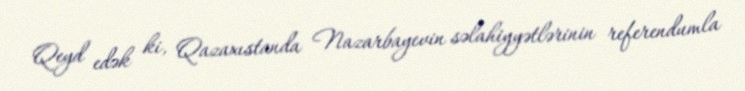
Qeyd edək ki, Qazaxıstanda Nazarbayevin səlahiyyətlərinin referendumla